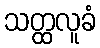
သတ္ထလူခံ